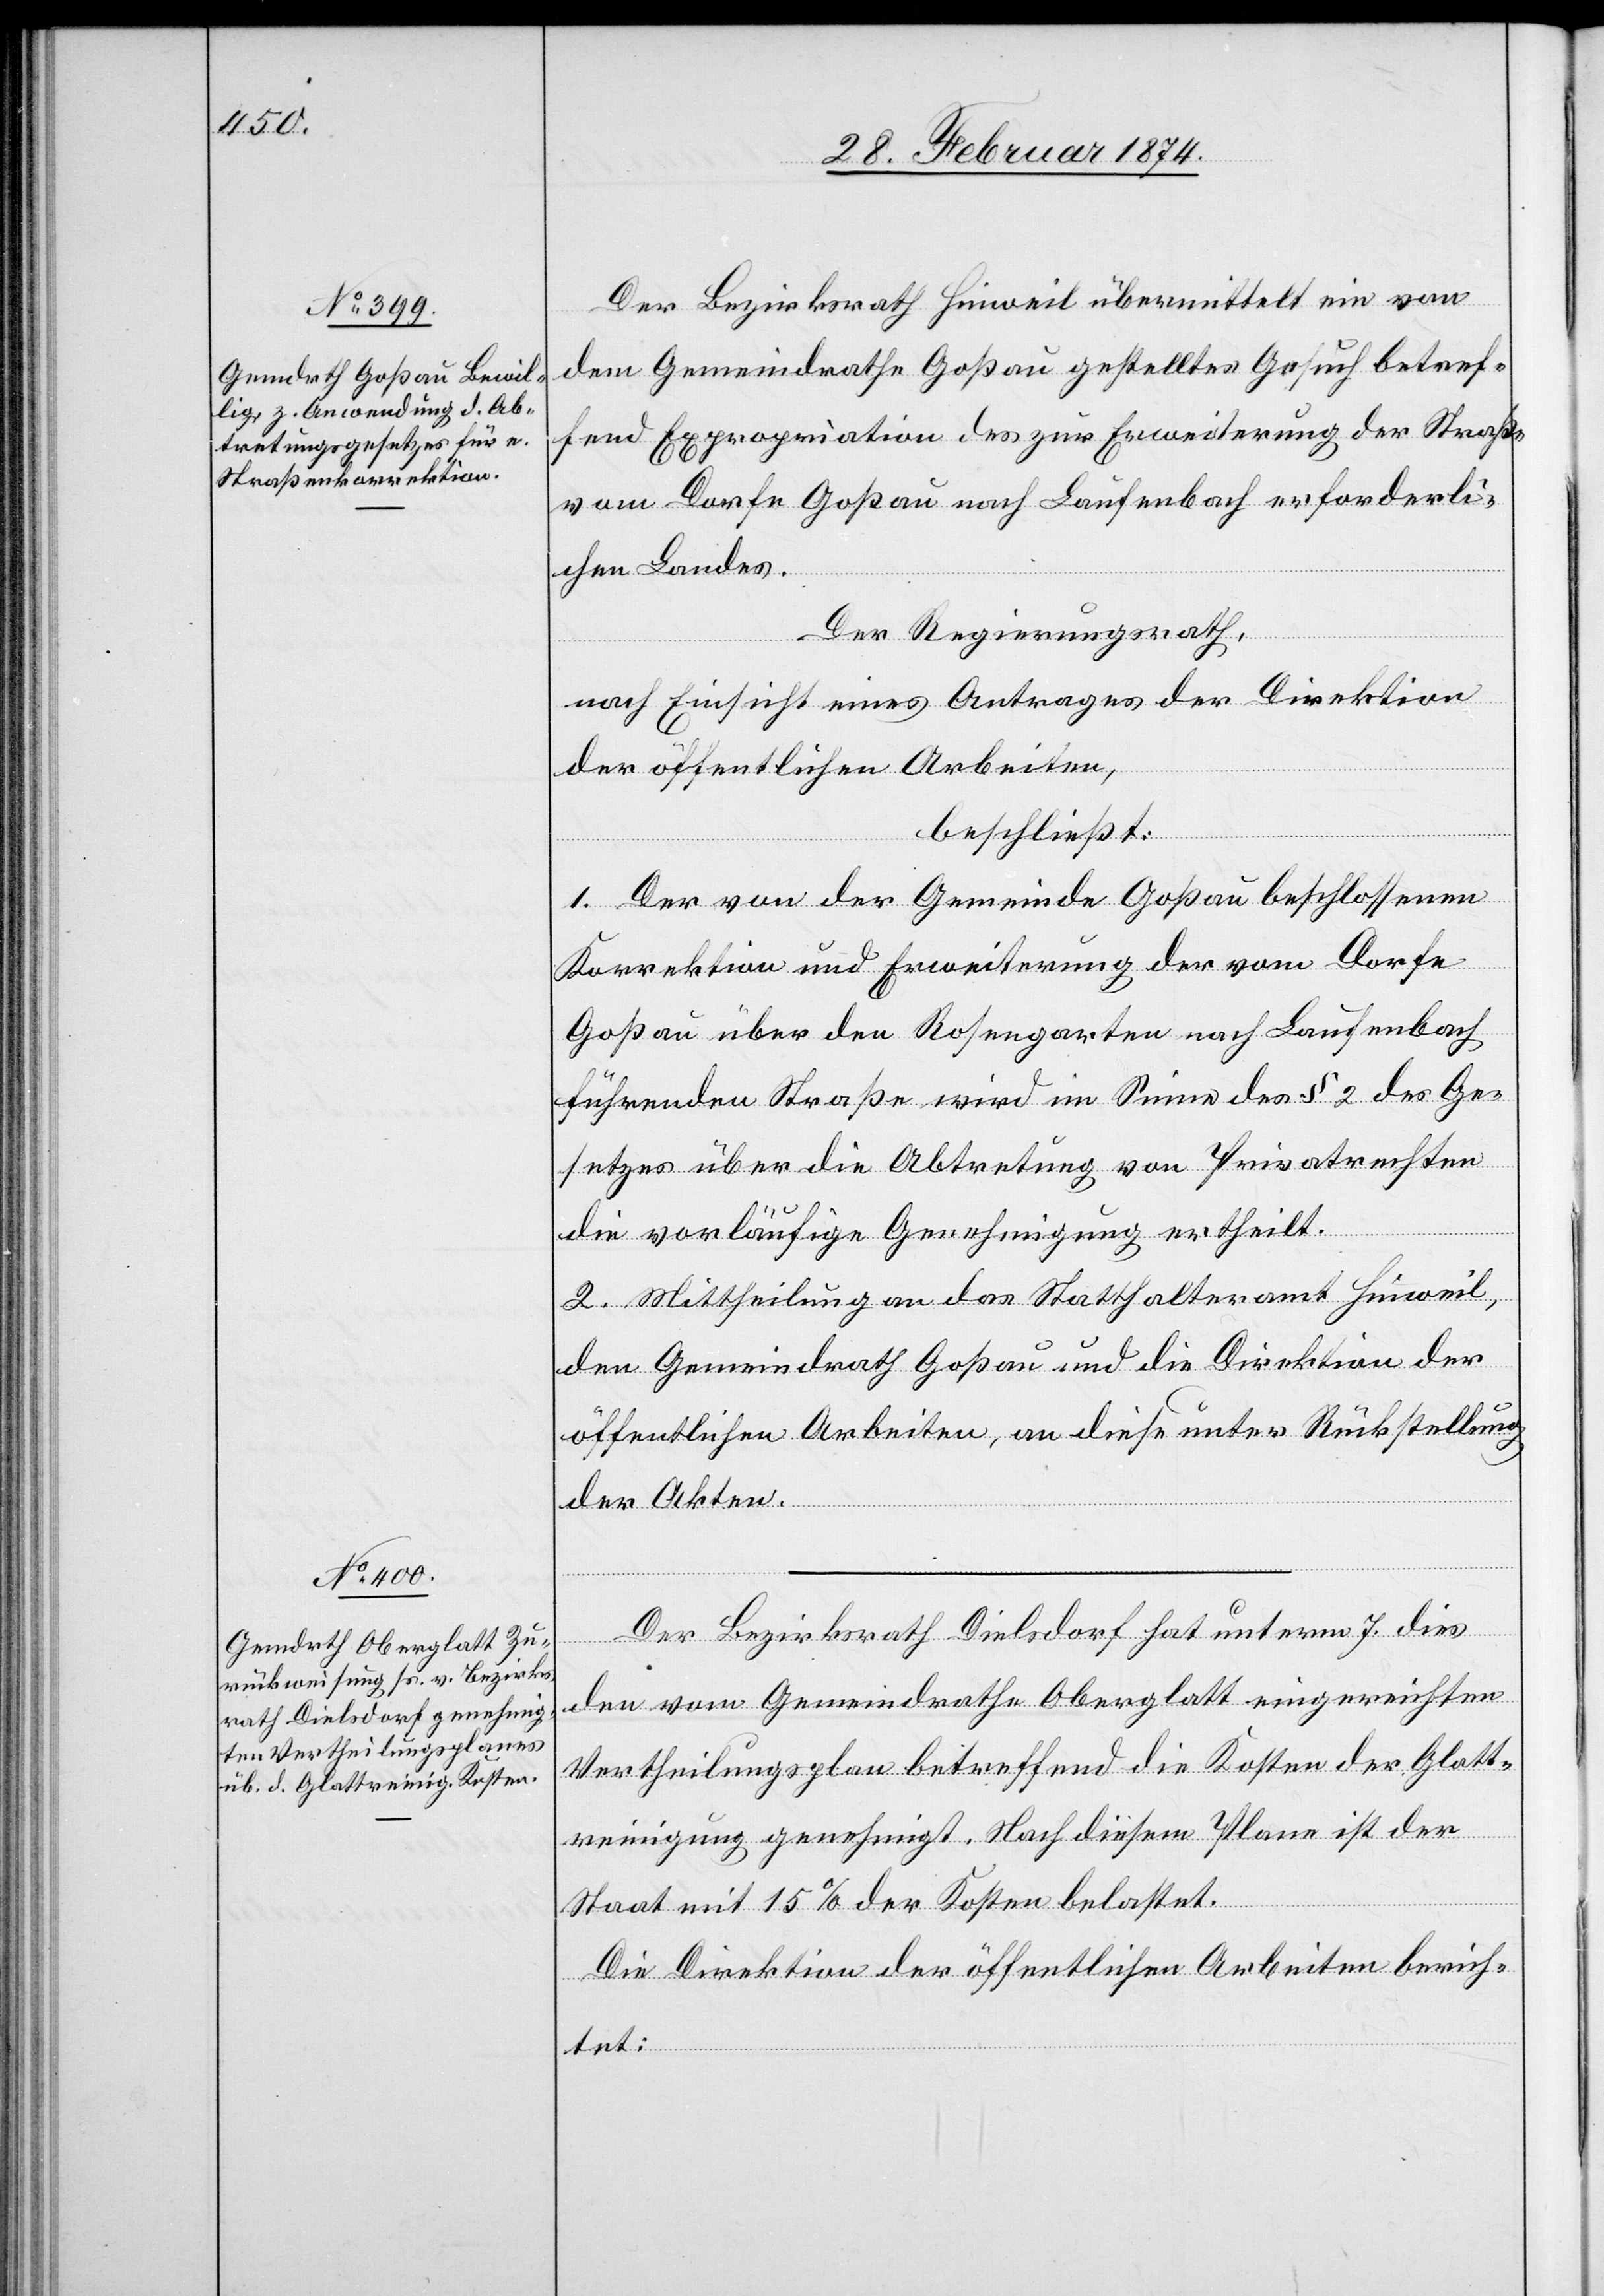
Der Bezirksrath Hinweil übermittelt ein von
dem Gemeindrathe Goßau gestelltes Gesuch betref¬
fend Expropriation des zur Erweiterung der Straße
vom Dorfe Goßau nach Laufenbach erforderli¬
chen Landes.
Der Regierungsrath,
nach Einsicht eines Antrages der Direktion
der öffentlichen Arbeiten,
beschließt:
1. Der von der Gemeinde Goßau beschlossenen
Korrektion und Erweiterung der vom Dorfe
Goßau über den Rosengarten nach Laufenbach
führenden Straße wird im Sinne des § 2 des Ge¬
setzes über die Abtretung von Privatrechten
die vorläufige Genehmigung ertheilt.
2. Mittheilung an das Statthalteramt Hinweil,
den Gemeindrath Goßau und die Direktion der
öffentlichen Arbeiten, an diese unter Rückstellung
der Akten.
Der Bezirksrath Dielsdorf hat unterm 7. dies
den vom Gemeindrathe Oberglatt eingereichten
Vertheilungsplan betreffend die Kosten der Glatt¬
reinigung genehmigt. Nach diesem Plane ist der
Staat mit 15% der Kosten belastet.
Die Direktion der öffentlichen Arbeiten berich¬
tet: